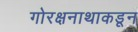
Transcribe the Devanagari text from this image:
गोरक्षनाथाकडून